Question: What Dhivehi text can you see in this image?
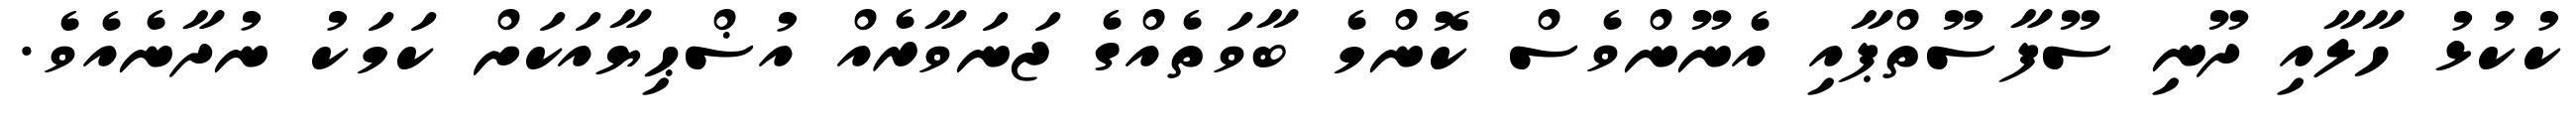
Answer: ކުކުޅު ހާލާއި ދޫނި ސޫފާސޫތްޕާއި އެނޫންވެސް ކޮންމެ ބާވަތެއްގެ ޖަނަވާރެއް އުޟްޙިޔާއަކަށް ކަމަކު ނުދާނެއެވެ.